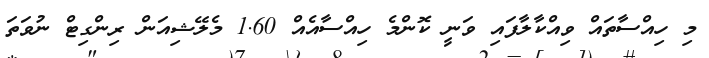
މި ހިއްސާތައް ވިއްކާލާފައި ވަނީ ކޮންމެ ހިއްސާއެއް 1.60 މެލޭޝިއަން ރިންގިޓް ނުވަތަ